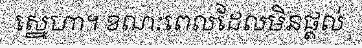
ស្នេហា។ ខណៈពេលដែលមិនផ្តល់